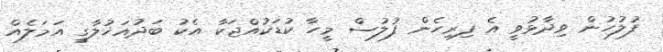
ފުލުހުން ވިދާޅުވީ އެ ފިރިހެން ފުލުސް މީހާ ކުޑަކުއްޖަކާ އެކު ބަދުއަޚުލާގީ އަމަލެއް